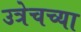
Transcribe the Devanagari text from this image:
उत्रेचच्या